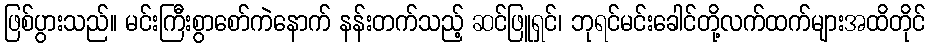
ဖြစ်ပွားသည်။ မင်းကြီးစွာစော်ကဲနောက် နန်းတက်သည့် ဆင်ဖြူရှင်၊ ဘုရင်မင်းခေါင်တို့လက်ထက်များအထိတိုင်